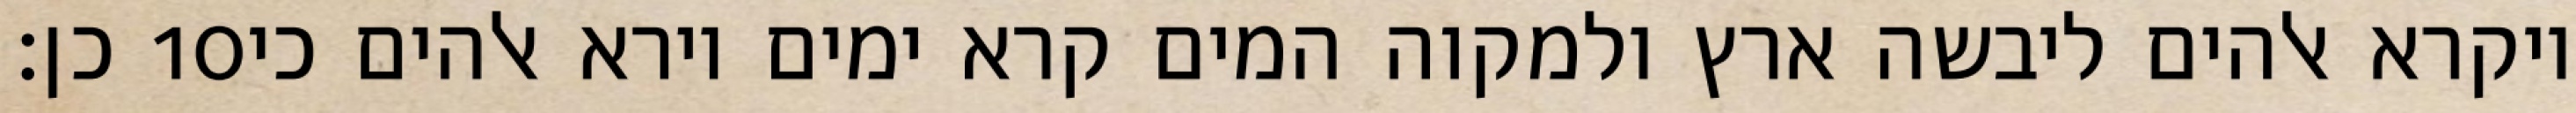
כן׃ ‎10‏ ויקרא אלהים ליבשה ארץ ולמקוה המים קרא ימים וירא אלהים כי